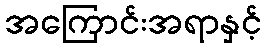
အကြောင်းအရာနှင့်